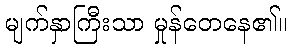
မျက်နှာကြီးသာ မှုန်တေနေ၏။